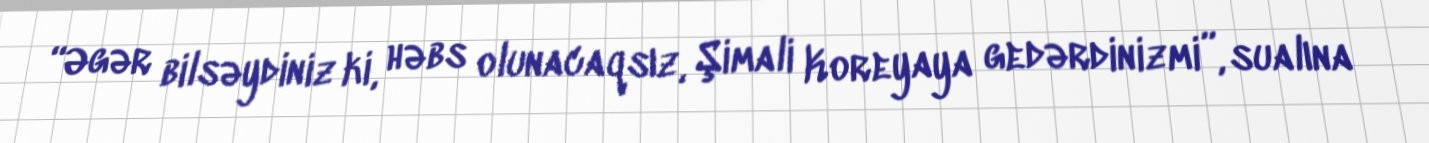
“Əgər bilsəydiniz ki, həbs olunacaqsız, Şimali Koreyaya gedərdinizmi”, sualına